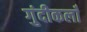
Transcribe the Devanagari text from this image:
गुंदीकलाँ